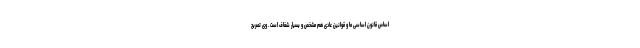
اساس قانون اساسی ما و قوانین عادی هم مشخص و بسیار شفاف است . وی تصریح